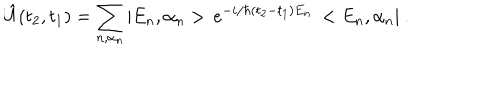
LaTeX: \hat { U } ( t _ { 2 } , t _ { 1 } ) = \sum _ { n , \alpha _ { n } } | E _ { n } , \alpha _ { n } > \, e ^ { - i / \hbar ( t _ { 2 } - t _ { 1 } ) E _ { n } } \, < E _ { n } , \alpha _ { n } | \ .